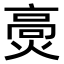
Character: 𤌾